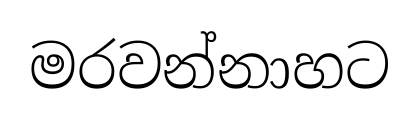
මරවන්නාහට